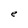
Character: e